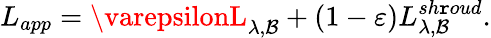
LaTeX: L_{app}=\varepsilonL_{\lambda,\mathcal{B}}+\left(1-\varepsilon\right)L_{\lambda,\mathcal{B}}^{sh\mathtt{r}oud}\mathrm{{.}}